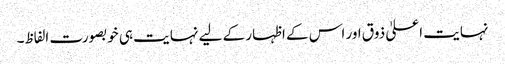
نہایت اعلیٰ ذوق اور اس کے اظہار کے لیے نہایت ہی خوبصورت الفاظ۔